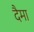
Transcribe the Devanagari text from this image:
दैमा